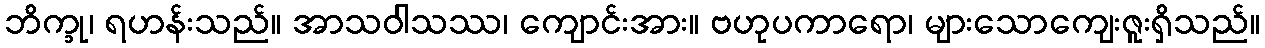
ဘိက္ခု၊ ရဟန်းသည်။ အာသဝါသဿ၊ ကျောင်းအား။ ဗဟုပကာရော၊ များသောကျေးဇူးရှိသည်။